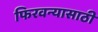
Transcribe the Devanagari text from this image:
फिरवन्यासाठी